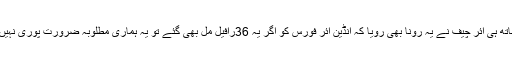
لیکن اس کے ساتھ ہی ائر چیف نے یہ رونا بھی رویا کہ انڈین ائر فورس کو اگر یہ 36رافیل مل بھی گئے تو یہ ہماری مطلوبہ ضرورت پوری نہیں کر سکیں گے۔